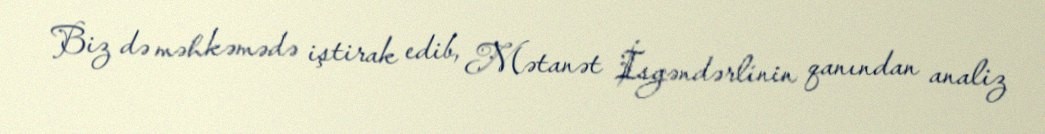
Biz də məhkəmədə iştirak edib, Mətanət İsgəndərlinin qanından analiz